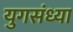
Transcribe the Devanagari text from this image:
युगसंध्या